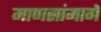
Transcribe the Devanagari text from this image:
माणसांमागे